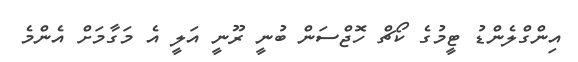
އިންގްލެންޑު ޓީމުގެ ކޯޗް ހޮޖްސަން ބުނީ ރޫނީ އަލީ އެ މަގާމަށް އެންމެ